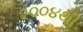
૨૦૦૪થી